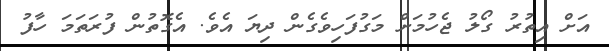
އަށް އިތުރު ގޯލު ޖެހުމަށް މަގުފަހިވެގެން ދިޔަ އެވެ. އެގޮތުން ފުރަތަމަ ހާފު